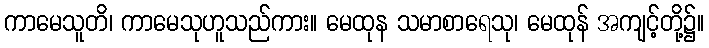
ကာမေသူတိ၊ ကာမေသုဟူသည်ကား။ မေထုန သမာစာရေသု၊ မေထုန် အကျင့်တို့၌။